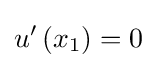
u'\left(x_{1}\right)=0